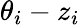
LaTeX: \theta_{i}-z_{i}